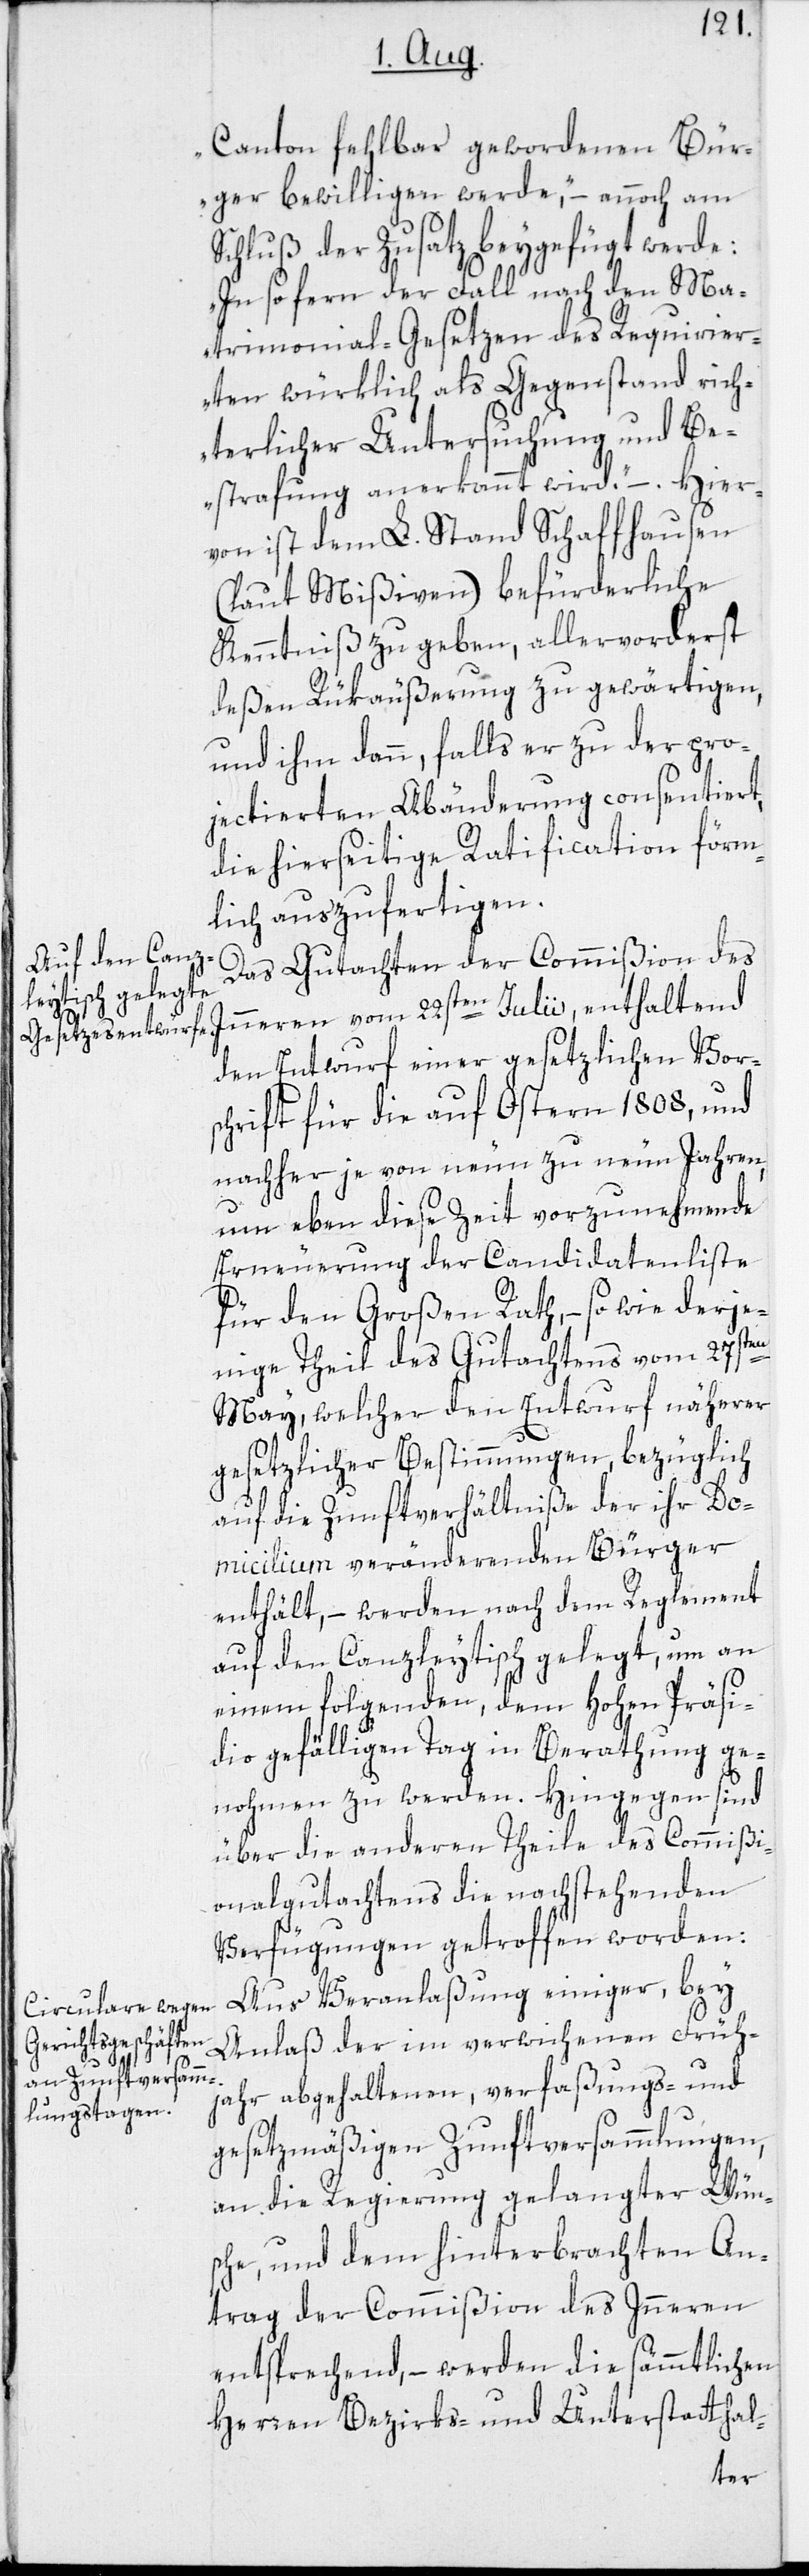
Canton fehlbar gewordenen Bür¬
ger bewilligen werde,“ – annoch am
Schluß der Zusatz beygefügt werde:
„In so fern der Fall nach den Ma¬
trimonial-Gesetzen des Requirier¬
ten würklich als Gegenstand rich¬
terlicher Untersuchung und Be¬
strafung anerkannt wird.“ – Hie¬
von ist dem L. Stand Schaffhausen
(laut Mißiven) befürderliche
Kenntniß zu geben, allervorderst
deßen Rükäußerung zu gewärtigen,
und ihm dann, falls er zu der pro¬
jectierten Abänderung consentiert,
die hierseitige Ratification förm¬
lich auszufertigen.
Das Gutachten der Commißion des
den Entwurf einer gesetzlichen Vors¬
chrift für die auf Ostern 1808, und
nachher je von neun zu neun Jahren,
um eben diese Zeit vorzunehmende
Erneuerung der Candidatenliste
für den Großen Rath, – so wie derje¬
nige Theil des Gutachtens vom 27sten
May, welcher den Entwurf näherer
gesetzlicher Bestimmungen, bezüglich
auf die Zunftverhältniße der ihr Do¬
micilium veränderenden Bürger
enthält, – werden nach dem Reglement
auf den Canzleytisch gelegt, um an
einem folgenden, dem Hohen Präsi¬
dio gefälligen Tag in Berathung ge¬
nohmen zu werden. Hingegen sind
über die anderen Theile des Commißi¬
onalgutachtens die nachstehenden
Verfügungen getroffen worden:
Aus Veranlaßung einiger, bey
Anlaß der im verwichenen Früh¬
jahr abgehaltenen, verfaßungs- und
gesetzmäßigen Zunftversammlungen,
an die Regierung gelangter Wün¬
sche, und dem hinterbrachten An¬
trag der Commißion des Inneren
entsprechend, – werden die sämmtlichen
Herren Bezirks- und Unterstatthal-